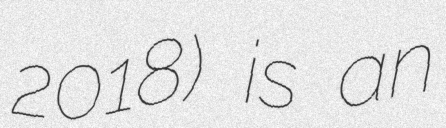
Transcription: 2018) is an